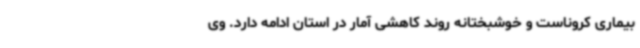
بیماری کروناست و خوشبختانه روند کاهشی آمار در استان ادامه دارد. وی